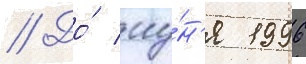
// До́ иу́н'я 1996